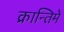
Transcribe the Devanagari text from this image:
क्रान्तिमे